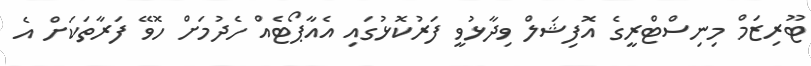
ޓޫރިޒަމް މިނިސްޓްރީގެ އޮފިޝަލް ވިދާޅުވީ ފަރުކޮޅުގައި އެއާޕޯޓެއް ހެދުމަށް ހޮވޭ ފަރާތަކަށް އެ